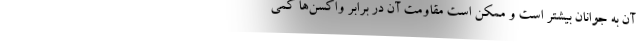
آن به جوانان بیشتر است و ممکن است مقاومت آن در برابر واکسن‌ها کمی